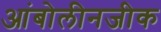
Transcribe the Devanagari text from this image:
आंबोलीनजीक